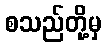
စသည်တို့မှ